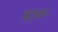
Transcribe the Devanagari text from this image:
बूतुर्क